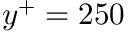
y ^ { + } = 2 5 0